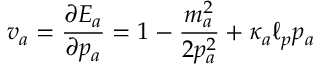
v _ { a } = \frac { \partial E _ { a } } { \partial p _ { a } } = 1 - \frac { m _ { a } ^ { 2 } } { 2 p _ { a } ^ { 2 } } + \kappa _ { a } \ell _ { p } p _ { a }